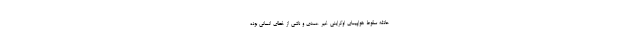
حادثه سقوط هواپیمای اوکراینی غیر عمدی و ناشی از خطای انسانی بوده